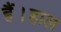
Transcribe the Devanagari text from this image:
हैं।हाल